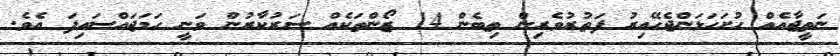
ނަތީޖާއެއް ހުށަހަޅަންޖެހޭއިރު ފަތުރުވެރިން ތިބެން 14 ޒޯންތަކެއް ސަރުކާރުން ވަނީ ހަމަޖައްސައިފަ އެވެ.